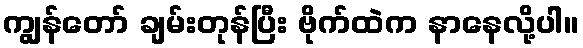
ကျွန်တော် ချမ်းတုန်ပြီး ဗိုက်ထဲက နာနေလို့ပါ။